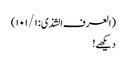
(العرف الشذی: ۱۰۱/۱)
دیکھے!